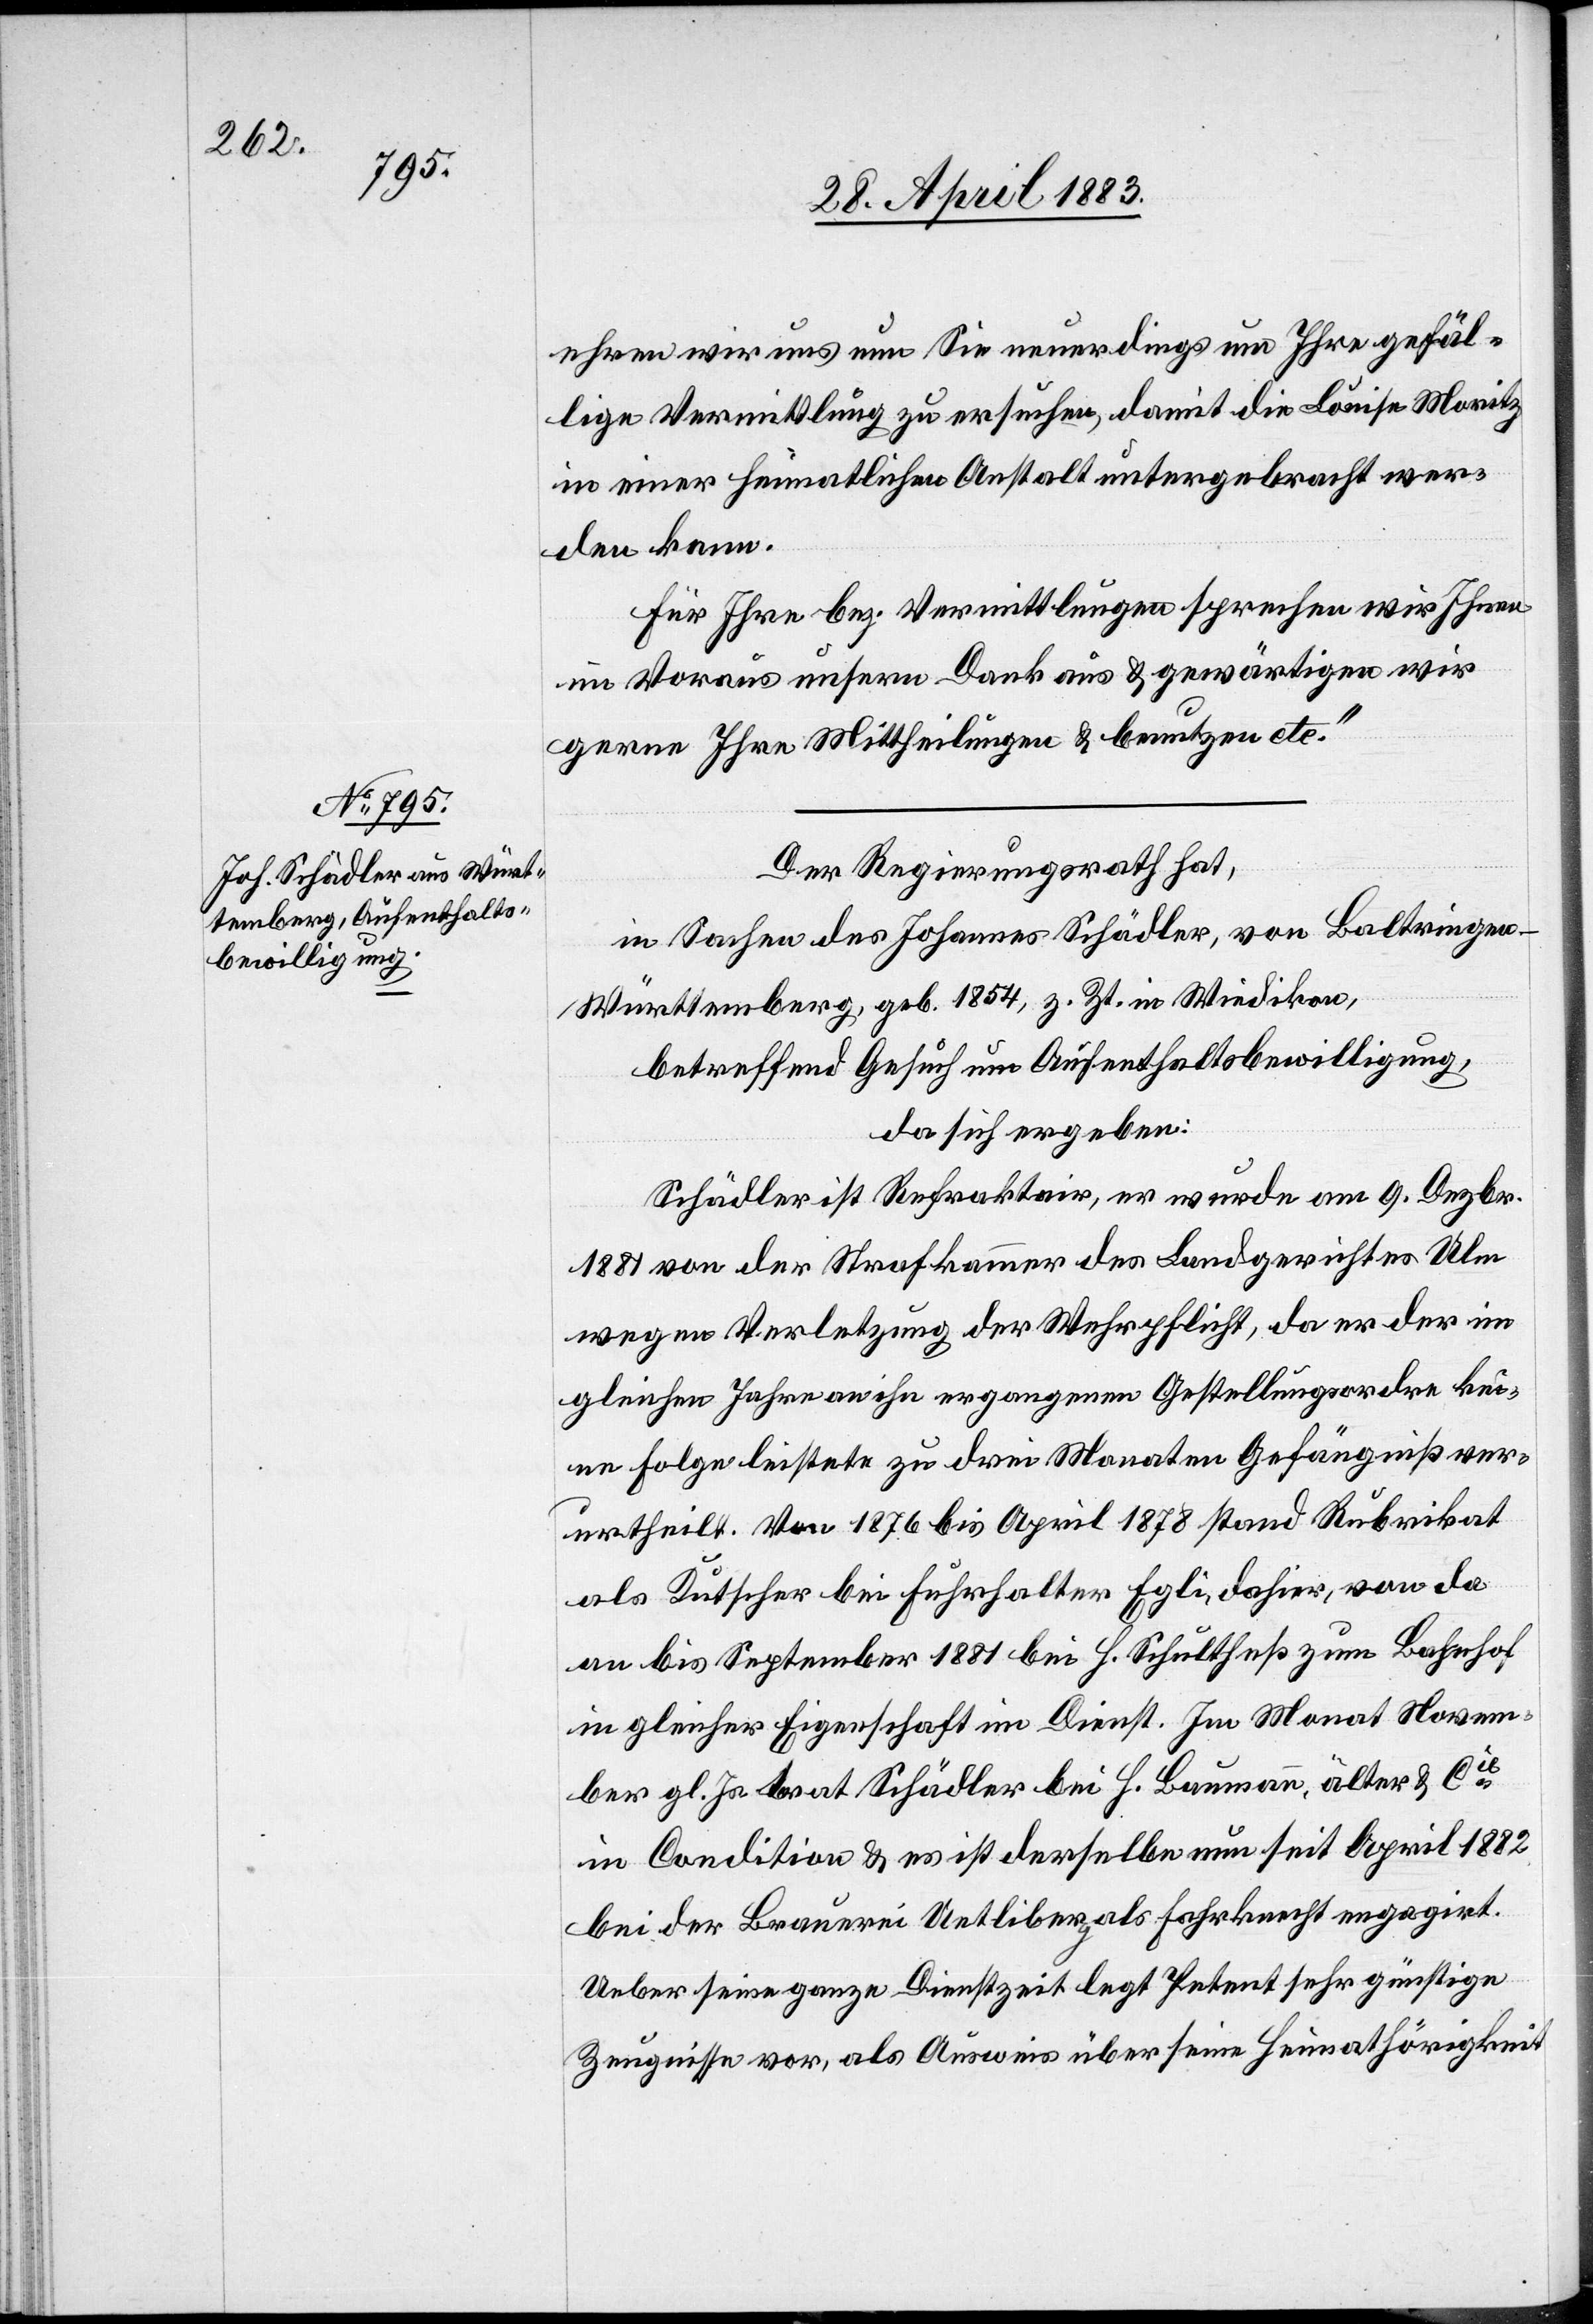
ehren wir uns um Sie neuerdings um Ihre gefäl¬
lige Vermittlung zu ersuchen, damit die Louise Moritz
in einer heimatlichen Anstalt untergebracht wer¬
den kann.
Für Ihre bez. Vermittlungen sprechen wir Ihnen
im Voraus unsern Dank aus & gewärtigen wir
gerne Ihre Mittheilungen & benutzen etc.“
Der Regierungsrath hat,
in Sachen des Johannes Schädler, von Baltringen
Württemberg, geb. 1854, z. Zt. in Wiedikon,
betreffend Gesuch um Aufenthaltsbewilligung,
da sich ergeben:
Schädler ist Refraktair, er wurde am 9. Dezbr.
1881 von der Strafkammer des Landgerichtes Ulm
wegen Verletzung der Wehrpflicht, da er der im
gleichen Jahre an ihn ergangenen Gestellungsordre kei¬
ne Folge leistete, zu drei Monaten Gefängniß ver¬
urtheilt. Von 1876 bis April 1878 stand Rubrikat
als Kutscher bei Fuhrhalter Egli, dahier, von da
an bis September 1881 bei H. Schultheß zum Bahnhof
in gleicher Eigenschaft im Dienst. Im Monat Novem¬
ber gl. Js. trat Schädler bei H. Baumann, älter & Cie
in Condition & es ist derselbe nun seit April 1882
bei der Brauerei Uetliberg als Fahrknecht engagirt.
Ueber seine ganze Dienstzeit legt Petent sehr günstige
Zeugnisse vor, als Ausweis über seine Heimathörigkeit